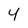
Character: 4